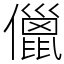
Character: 儠